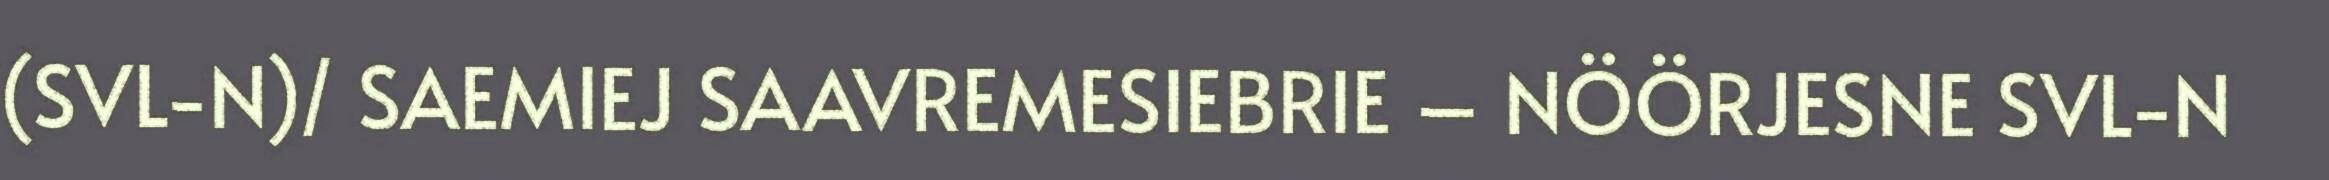
(SVL-N)/ SAEMIEJ SAAVREMESIEBRIE – NÖÖRJESNE SVL-N